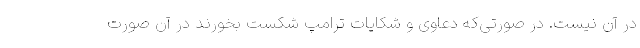
در آن نیست. در صورتی‌که دعاوی و شکایات ترامپ شکست بخورند در آن صورت